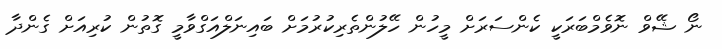
ނޯ ޝޭވް ނޮވެމްބަރަކީ ކެންސަރަށް މީހުން ހޭލުންތެރިކުރުމަށް ބައިނަލްއަގްވާމީ ގޮތުން ކުރިއަށް ގެންދާ